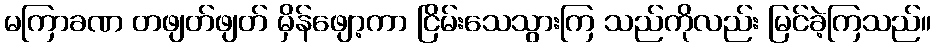
မကြာခဏ တဖျတ်ဖျတ် မှိန်ဖျော့ကာ ငြိမ်းသေသွားကြ သည်ကိုလည်း မြင်ခဲ့ကြသည်။